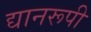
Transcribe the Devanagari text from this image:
द्यानरूपी